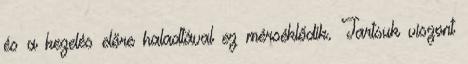
és a kezelés előre haladtával ez mérséklődik. Tartsuk viszont